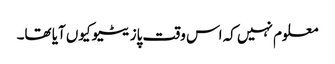
معلوم نہیں کہ اس وقت پازیٹیو کیوں آیا تھا۔